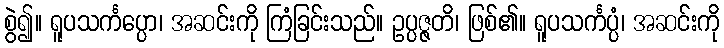
စွဲ၍။ ရူပသင်္ကပ္ပော၊ အဆင်းကို ကြံခြင်းသည်။ ဥပ္ပဇ္ဇတိ၊ ဖြစ်၏။ ရူပသင်္ကပ္ပံ၊ အဆင်းကို